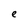
Character: e